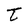
Character: t